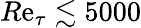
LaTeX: R\mathrm{e}_{\tau}\lesssim5000